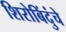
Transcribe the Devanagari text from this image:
शिरोबिंदुंचे